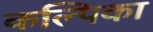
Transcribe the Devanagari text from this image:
कल्पिका